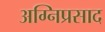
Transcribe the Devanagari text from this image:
अग्निप्रसाद